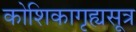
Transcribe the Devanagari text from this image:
कोशिकागृह्यसूत्र